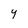
Character: Y